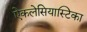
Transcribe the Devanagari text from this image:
ऐकलेसियास्टिका